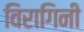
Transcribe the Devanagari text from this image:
विरागिनी